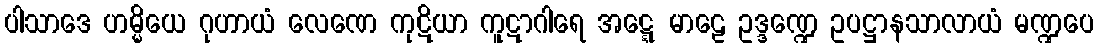
ပါသာဒေ ဟမ္မိယေ ဂုဟာယံ လေဏေ ကုဋိယာ ကူဋာဂါရေ အဋ္ဋေ မာဠေ ဥဒ္ဒဏ္ဍေ ဥပဋ္ဌာနသာလာယံ မဏ္ဍပေ